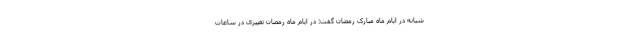
شبانه در ایام ماه مبارک رمضان گفت: در ایام ماه رمضان تغییری در ساعات